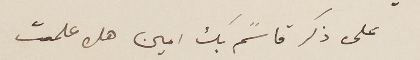
على ذكر قاسًم بك امين هل علمت